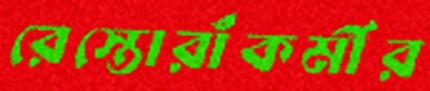
রেস্তোরাঁকর্মীর